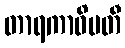
တာရကာဓိပတီ